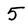
Character: 5